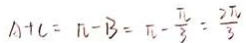
A + C = \pi - B = \pi - \frac { \pi } { 3 } = \frac { 2 \pi } { 3 }